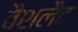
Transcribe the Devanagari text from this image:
बैशलैट